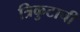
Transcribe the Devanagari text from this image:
त्रिकुटाची